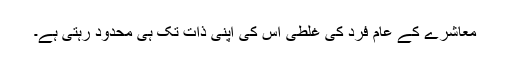
معاشرے کے عام فرد کی غلطی اس کی اپنی ذات تک ہی محدود رہتی ہے۔